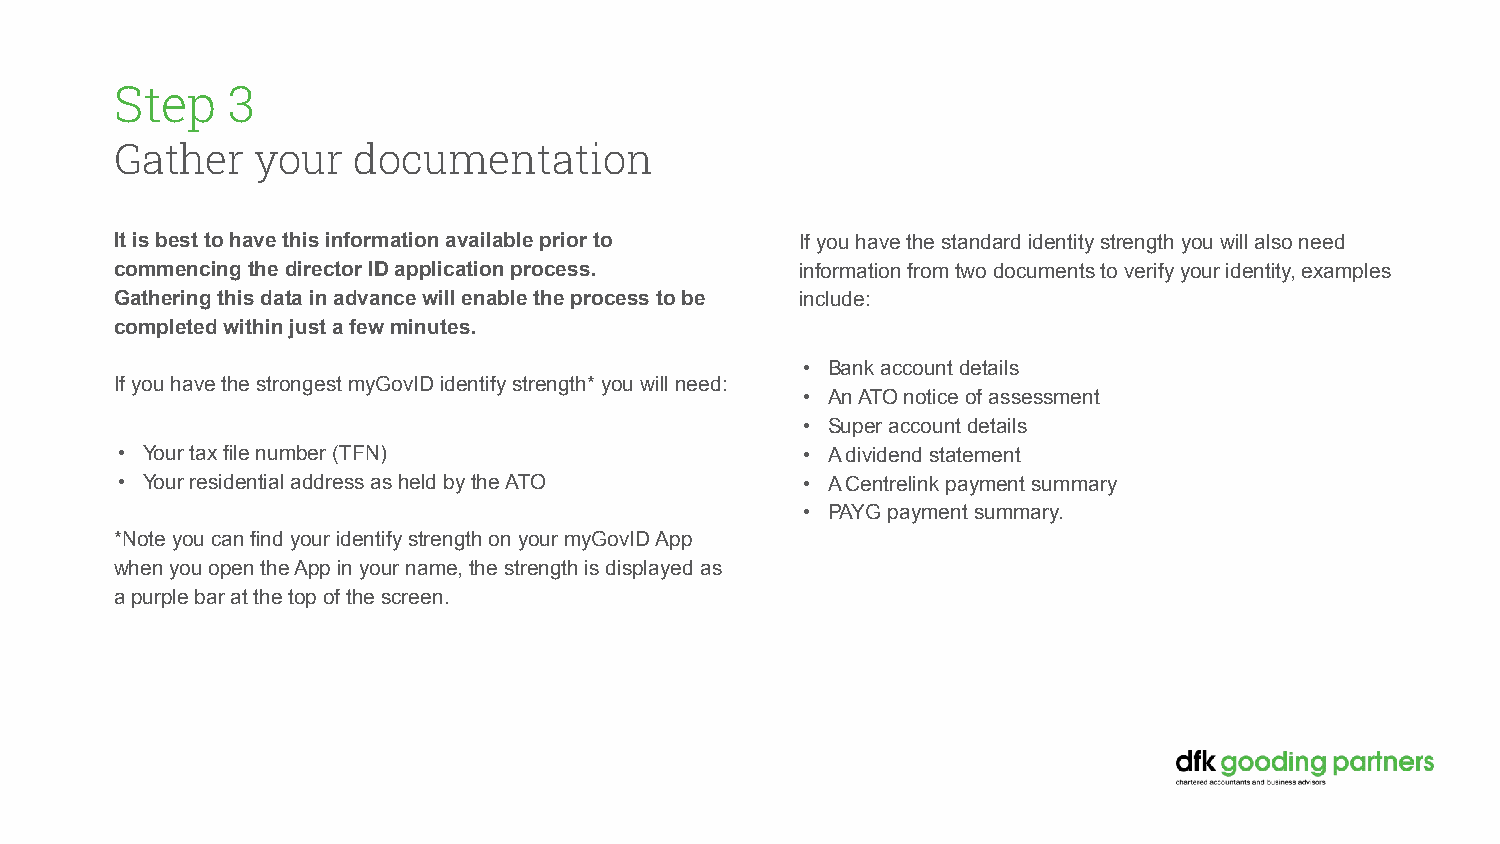
Step   3
 Gather   your  documentation
 It is best to have this information available prior to If you have the standard identity strength you will also need
 commencing the director ID application process. information from two documents to verify your identity, examples
 Gathering this data in advance will enable the process to be include:
 completed within just a few minutes.
 • Bank account details
 If you have the strongest myGovID identify strength* you will need:
 • An ATO notice of assessment
 • Super account details
 • Your tax file number (TFN)                 • A dividend statement
 • Your residential address as held by the ATO • A Centrelink payment summary
 • PAYG payment summary.
 *Note you can find your identify strength on your myGovID App
 when you open the App in your name, the strength is displayed as
 a purple bar at the top of the screen.